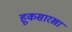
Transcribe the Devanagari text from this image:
हूकसारखा